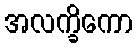
အလက္ခိကော